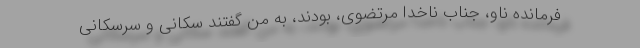
فرمانده ناو، جناب ناخدا مرتضوی، بودند، به من گفتند سکانی و سرسکانی